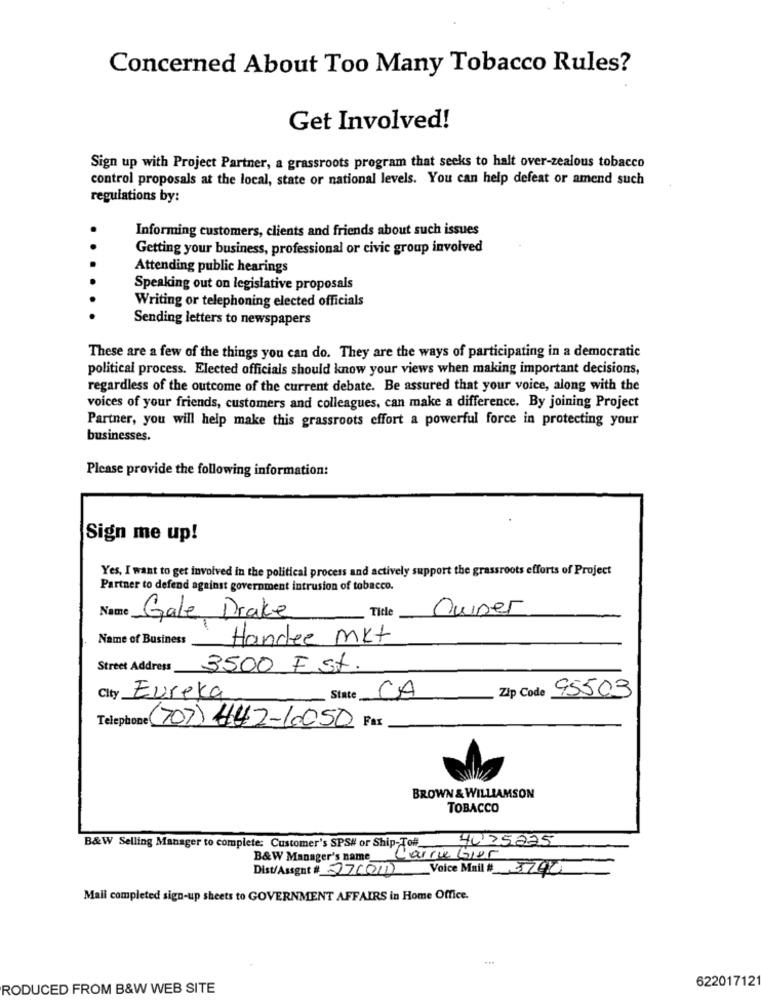
Concerned About Too Many Tobacco Rules?
Get Involved!
Sign up with Project Partner, a grassroots program that seeks to halt over-zealous tobacco
control proposals at the local, state or national levels. You can help defeat or amend such
regulations by:
Informing customers, clients and friends about such issues
Getting your business, professional or civic group involved
Attending public hearings
Speaking out on legislative proposals
Writing or telephoning elected officials
Sending letters to newspapers
These are a few of the things you can do. They are the ways of participating in a democratic
political process. Elected officials should know your views when making important decisions,
regardless of the outcome of the current debate. Be assured that your voice, along with the
voices of your friends, customers and colleagues, can make a difference. By joining Project
Partner, you will help make this grassroots effort a powerful force in protecting your
businesses.
Please provide the following information:
Sign me up!
Yes, I want to get involved in the political process and actively support the grassroots efforts of Project
Partner to defend against government intrusion of tobacco.
Name
Title
Cuper
Gale Drake
Name of Business
Handee mkt
Street Address 3500 E St.
CA
Zip Code 95503
City Eureka
State
Telephone (707) 442-10050
Fax
BROWN & WILLIAMSON
TOBACCO
4025225
B&W Selling Manager to complete: Customer's SPS# or Ship-Toff_
B&W Manager's name_
L'arrie Gier
Dist/Assent # 270011 Voice Mail # 3790
Mall completed sign-up sheets to GOVERNMENT AFFAIRS in Home Office.
62201712
RODUCED FROM B&W WEB SITE